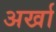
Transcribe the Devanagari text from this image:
अर्खा